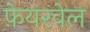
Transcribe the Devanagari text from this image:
फ़ेयरवेल